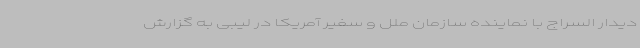
دیدار السراج با نماینده سازمان ملل و سفیر آمریکا در لیبی به گزارش